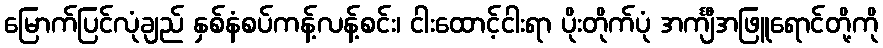
မြောက်ပြင်လုံချည် နှစ်နံစပ်ကန့်လန့်စင်း၊ ငါးထောင့်ငါးရာ ပိုးတိုက်ပုံ အင်္ကျီအဖြူရောင်တို့ကို